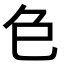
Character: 𮎛